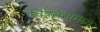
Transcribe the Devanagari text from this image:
चित्रलेखामध्ये